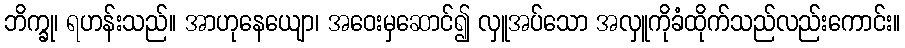
ဘိက္ခု၊ ရဟန်းသည်။ အာဟုနေယျော၊ အဝေးမှဆောင်၍ လှူအပ်သော အလှူကိုခံထိုက်သည်လည်းကောင်း။